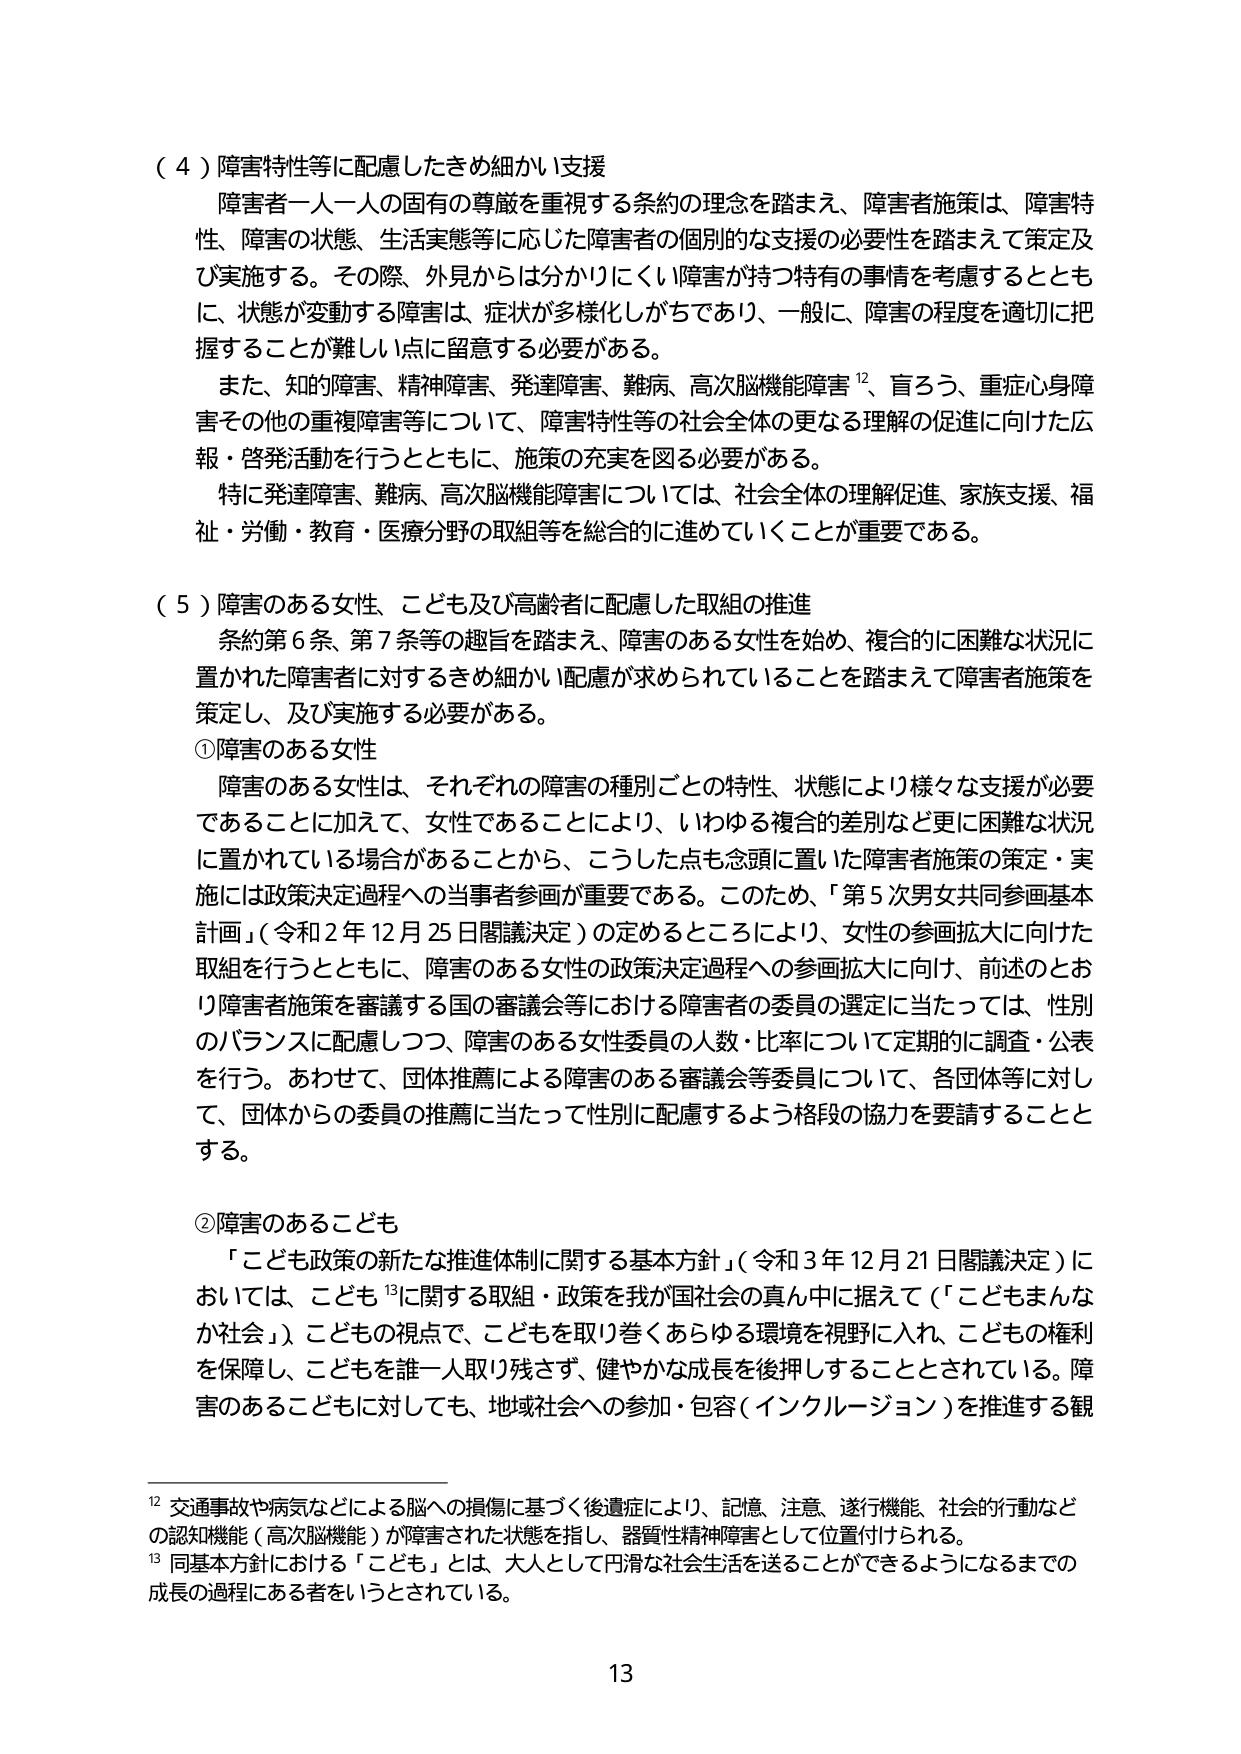
（４）障害特性等に配慮したきめ細かい支援
障害者一人一人の固有の尊厳を重視する条約の理念を踏まえ、障害者施策は、障害特性、障害の状態、生活実態等に応じた障害者の個別的な支援の必要性を踏まえて策定及び実施する。その際、外見からは分かりにくい障害が持つ特有の事情を考慮するとともに、状態が変動する障害は、症状が多様化しがちであり、一般に、障害の程度を適切に把握することが難しい点に留意する必要がある。
また、知的障害、精神障害、発達障害、難病、高次脳機能障害¹²、盲ろう、重症心身障害その他の重複障害等について、障害特性等の社会全体の更なる理解の促進に向けた広報・啓発活動を行うとともに、施策の充実を図る必要がある。
特に発達障害、難病、高次脳機能障害については、社会全体の理解促進、家族支援、福祉・労働・教育・医療分野の取組等を総合的に進めていくことが重要である。

（５）障害のある女性、こども及び高齢者に配慮した取組の推進
条約第６条、第７条等の趣旨を踏まえ、障害のある女性を始め、複合的に困難な状況に置かれた障害者に対するきめ細かい配慮が求められていることを踏まえて障害者施策を策定し、及び実施する必要がある。
①障害のある女性
障害のある女性は、それぞれの障害の種別ごとの特性、状態により様々な支援が必要であることに加えて、女性であることにより、いわゆる複合的差別など更に困難な状況に置かれている場合があることから、こうした点も念頭に置いた障害者施策の策定・実施には政策決定過程への当事者参画が重要である。このため、「第５次男女共同参画基本計画」（令和２年12月25日閣議決定）の定めるところにより、女性の参画拡大に向けた取組を行うとともに、障害のある女性の政策決定過程への参画拡大に向け、前述のとおり障害者施策を審議する国の審議会等における障害者の委員の選定に当たっては、性別のバランスに配慮しつつ、障害のある女性委員の人数・比率について定期的に調査・公表を行う。あわせて、団体推薦による障害のある審議会等委員について、各団体等に対して、団体からの委員の推薦に当たって性別に配慮するよう格段の協力を要請することとする。

②障害のあるこども
「こども政策の新たな推進体制に関する基本方針」（令和３年12月21日閣議決定）においては、こども¹³に関する取組・政策を我が国社会の真ん中に据えて（「こどもまんなか社会」）、こどもの視点で、こどもを取り巻くあらゆる環境を視野に入れ、こどもの権利を保障し、こどもを誰一人取り残さず、健やかな成長を後押しすることとされている。障害のあるこどもに対しても、地域社会への参加・包容（インクルージョン）を推進する観

¹² 交通事故や病気などによる脳への損傷に基づく後遺症により、記憶、注意、遂行機能、社会的行動などの認知機能（高次脳機能）が障害された状態を指し、器質性精神障害として位置付けられる。
¹³ 同基本方針における「こども」とは、大人として円滑な社会生活を送ることができるようになるまでの成長の過程にある者をいうとされている。

13